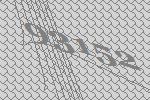
93152